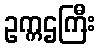
ဥက္ကဌကြီး